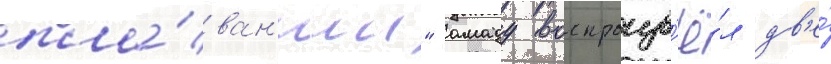
пла́ван'ии" амаду воспроизв'ё́л дв'е́